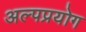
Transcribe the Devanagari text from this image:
अल्पप्रयोग